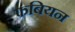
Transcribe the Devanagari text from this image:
फबियन